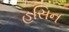
હસિન